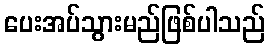
ပေးအပ်သွားမည်ဖြစ်ပါသည်